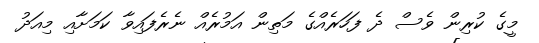
މީގެ ކުރިން ވެސް ދެ ފަހަރެއްގެ މަތިން އަމުރެއް ނެރެފައިވާ ކަމަށާއި މިއަދު